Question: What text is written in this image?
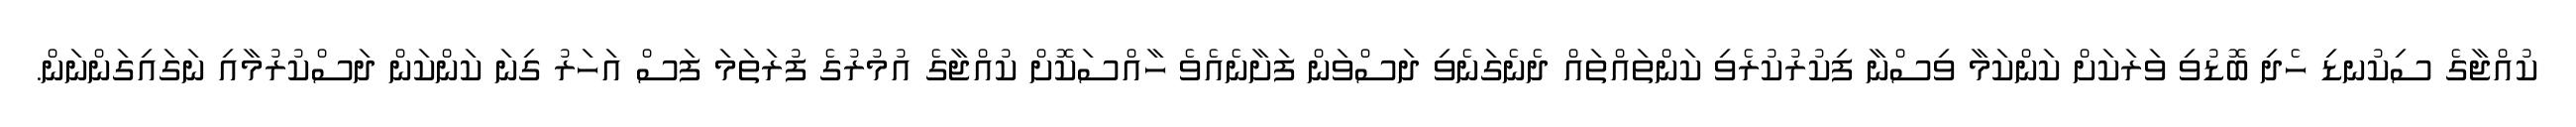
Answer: ކުއްޖާގެ ސިކުނޑި ހެދި ބޮޑުވި ވަރަކަށް ކަންކަމާ ވިސްނާ ފިކުރުކުރެވި ކަންތައްތައް ދެނެގަނެވި ދަސްވަން ފަށާނެއެވެ ހާއްސަކޮށް ކުއްޖާގެ އުމުރުގެ ފުރަތަމަ ފަސް އަހަރު ގިނަ ކަންކަން ދަސްކުރުމާއި ނަގައިގަންނަން.